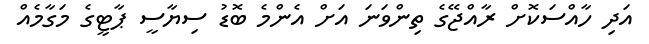
އަދި ހާއްސަކޮށް ރާއްޖޭގެ ތިންވަނަ އަށް އެންމެ ބޮޑު ސިޔާސީ ޕާޓީގެ މަގާމެއް